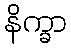
နိက္ခာ